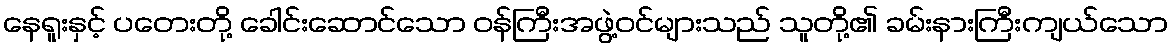
နေရူးနှင့် ပတေးတို့ ခေါင်းဆောင်သော ဝန်ကြီးအဖွဲ့ဝင်များသည် သူတို့၏ ခမ်းနားကြီးကျယ်သော